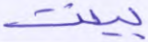
بينت